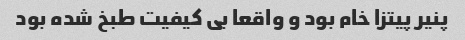
پنیر پیتزا خام بود و واقعا بی کیفیت طبخ شده بود